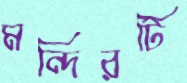
মন্দিরটি